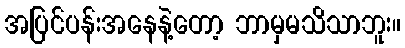
အပြင်ပန်းအနေနဲ့တော့ ဘာမှမသိသာဘူး။